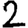
Digit: 2